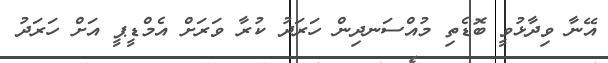
އޭނާ ވިދާޅުވީ ބޮޑެތި މުއްސަނދިން ހަރަދު ކުރާ ވަރަށް އެމްޑީޕީ އަށް ހަރަދު